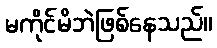
မကိုင်မိဘဲဖြစ်နေသည်။